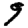
Digit: 9